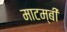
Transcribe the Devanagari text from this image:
माटम्बी